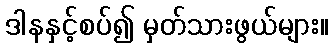
ဒါနနှင့်စပ်၍ မှတ်သားဖွယ်များ။